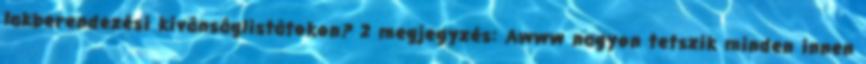
lakberendezési kívánságlistátokon? 2 megjegyzés: Awww nagyon tetszik minden innen